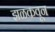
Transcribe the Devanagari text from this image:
झळकवून